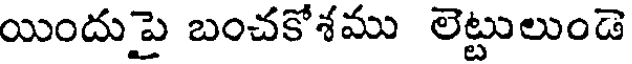
యిందుపై బంచకోశము లెట్టులుండె